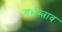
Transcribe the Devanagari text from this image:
गर्भस्त्राव